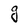
Character: g